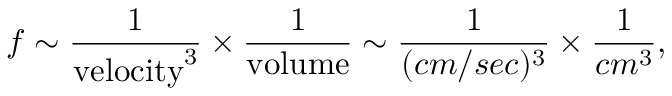
f \sim \frac { 1 } { \mathrm { v e l o c i t y } ^ { 3 } } \times \frac { 1 } { \mathrm { v o l u m e } } \sim \frac { 1 } { ( c m / s e c ) ^ { 3 } } \times \frac { 1 } { c m ^ { 3 } } ,